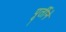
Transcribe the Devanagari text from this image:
पूर्तीने